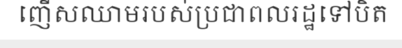
ញើសឈាមរបស់ប្រជាពលរដ្ឋទៅបិត